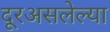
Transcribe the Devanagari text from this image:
दूरअसलेल्या